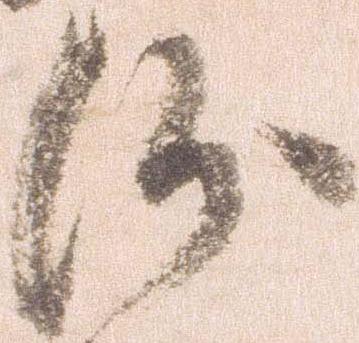
沙